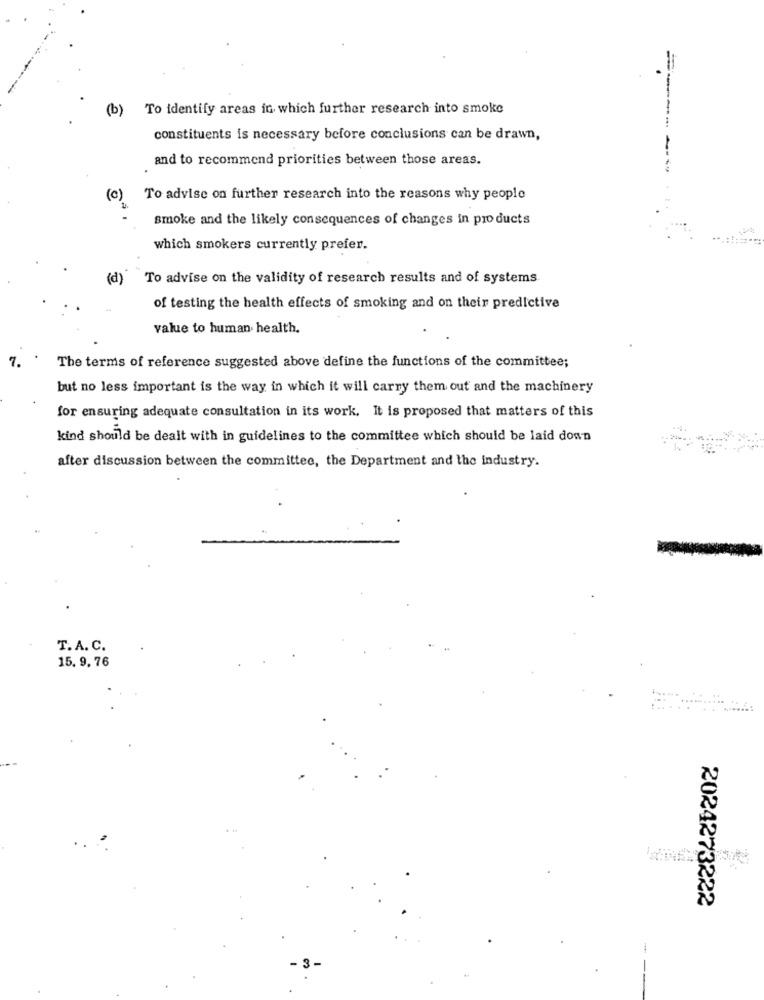
(b) To identify areas in which further research into smoke
constituents is necessary before conclusions can be drawn,
and to recommend priorities between those areas.
(c)
To advise on further research into the reasons why people
smoke and the likely consequences of changes in products
which smokers currently prefer.
(d)
To advise on the validity of research results and of systems
of testing the health effects of smoking and on their predictive
value to human health.
7.
The terms of reference suggested above define the functions of the committee;
but no less important is the way in which it will carry them out and the machinery
for ensuring adequate consultation in its work. It is proposed that matters of this
kind should be dealt with in guidelines to the committee which should be laid down
after discussion between the committee, the Department and the industry.
T.A. C.
15. 9, 76
2024273222